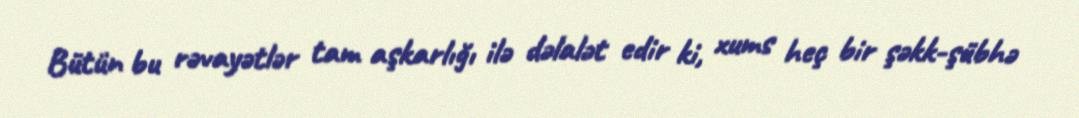
Bütün bu rəvayətlər tam aşkarlığı ilə dəlalət edir ki, xums heç bir şəkk-şübhə